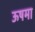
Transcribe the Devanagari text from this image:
ऊषमा